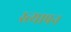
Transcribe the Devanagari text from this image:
स्त्यापन